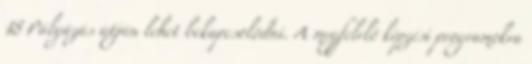
18 Pályázás útján lehet bekapcsolódni. A megfelelő képzési programokra